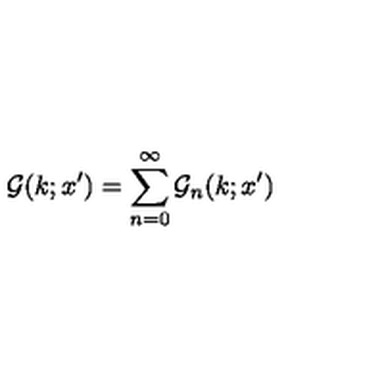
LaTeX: { \cal G } ( k ; x ^ { \prime } ) = \sum _ { n = 0 } ^ { \infty } { \cal G } _ { n } ( k ; x ^ { \prime } )